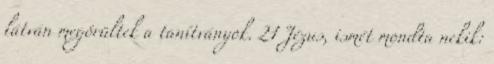
látván megörültek a tanítványok. 21 Jézus, ismét mondta nekik: